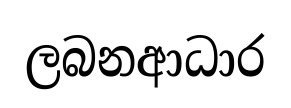
ලබනආධාර